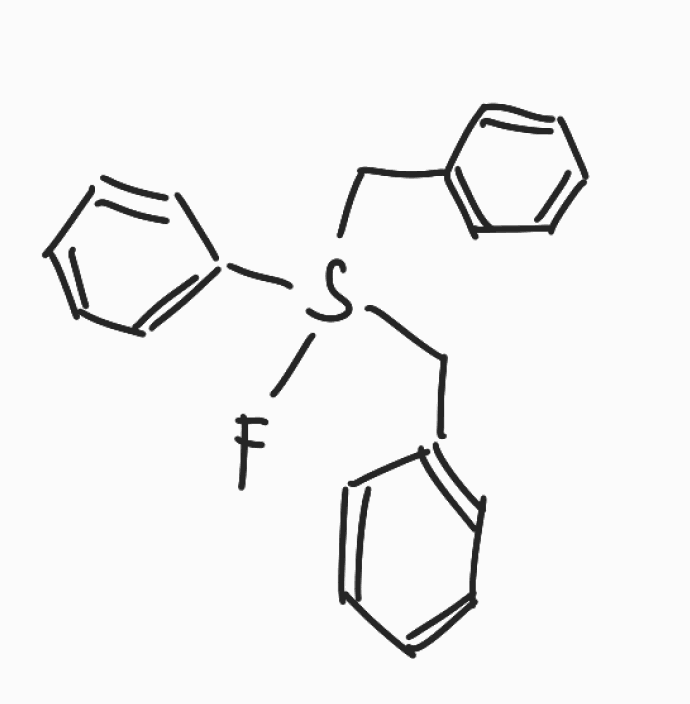
Simplified molecular-input line-entry system (SMILES) notation of the given molecule:
C1=CC=C(C=C1)CS(CC2=CC=CC=C2)(C3=CC=CC=C3)F